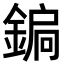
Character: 𨩮